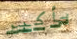
بأكبر